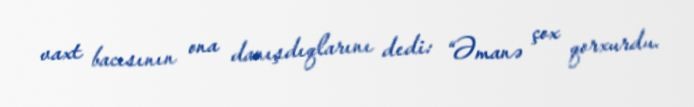
vaxt bacısının ona danışdıqlarını dedi: “Əmanə çox qorxurdu.